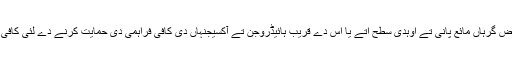
اپنی کلاس دے علاوہ وچ ، اک وڈے پیمانے اُتے اعتراض گرہاں مائع پانی تے اوہدی سطح اُتے یا اس دے قریب ہائیڈروجن تے آکسیجنہاں دی کافی فراہمی دی حمایت کرنے دے لئی کافی وایمنڈلیی دباؤ دے لئی دی صلاحیت ہونا ضروری ا‏‏ے۔